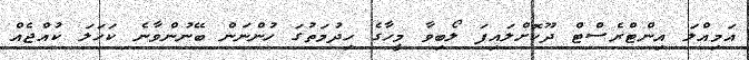
އަމިއްލަ އިންޓްރެސްޓް ދޫކޮށްލައިފަ ލޯބިވާ މީހާގެ ހިދުމަތުގަ ހުންނަން ބޭނުންވާނެ ކަހަލަ ކުއްޖެއް